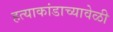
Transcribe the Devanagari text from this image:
हत्याकांडाच्यावेळी